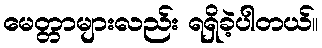
မေတ္တာများလည်း ရရှိခဲ့ပါတယ်။